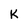
Character: K